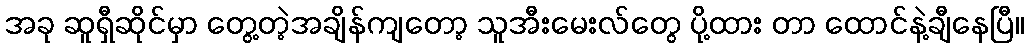
အခု ဆူရှီဆိုင်မှာ တွေ့တဲ့အချိန်ကျတော့ သူအီးမေးလ်တွေ ပို့ထား တာ ထောင်နဲ့ချီနေပြီ။